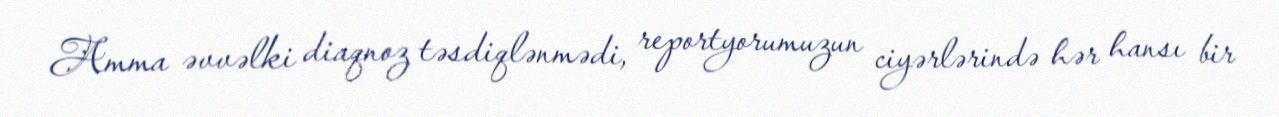
Amma əvvəlki diaqnoz təsdiqlənmədi, reportyorumuzun ciyərlərində hər hansı bir